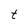
Character: t